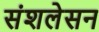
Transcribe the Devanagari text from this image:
संशलेसन